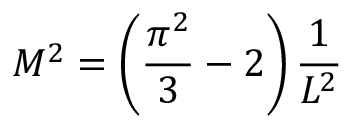
M ^ { 2 } = \left( \frac { \pi ^ { 2 } } { 3 } - 2 \right) \frac { 1 } { L ^ { 2 } }